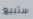
ستبيع